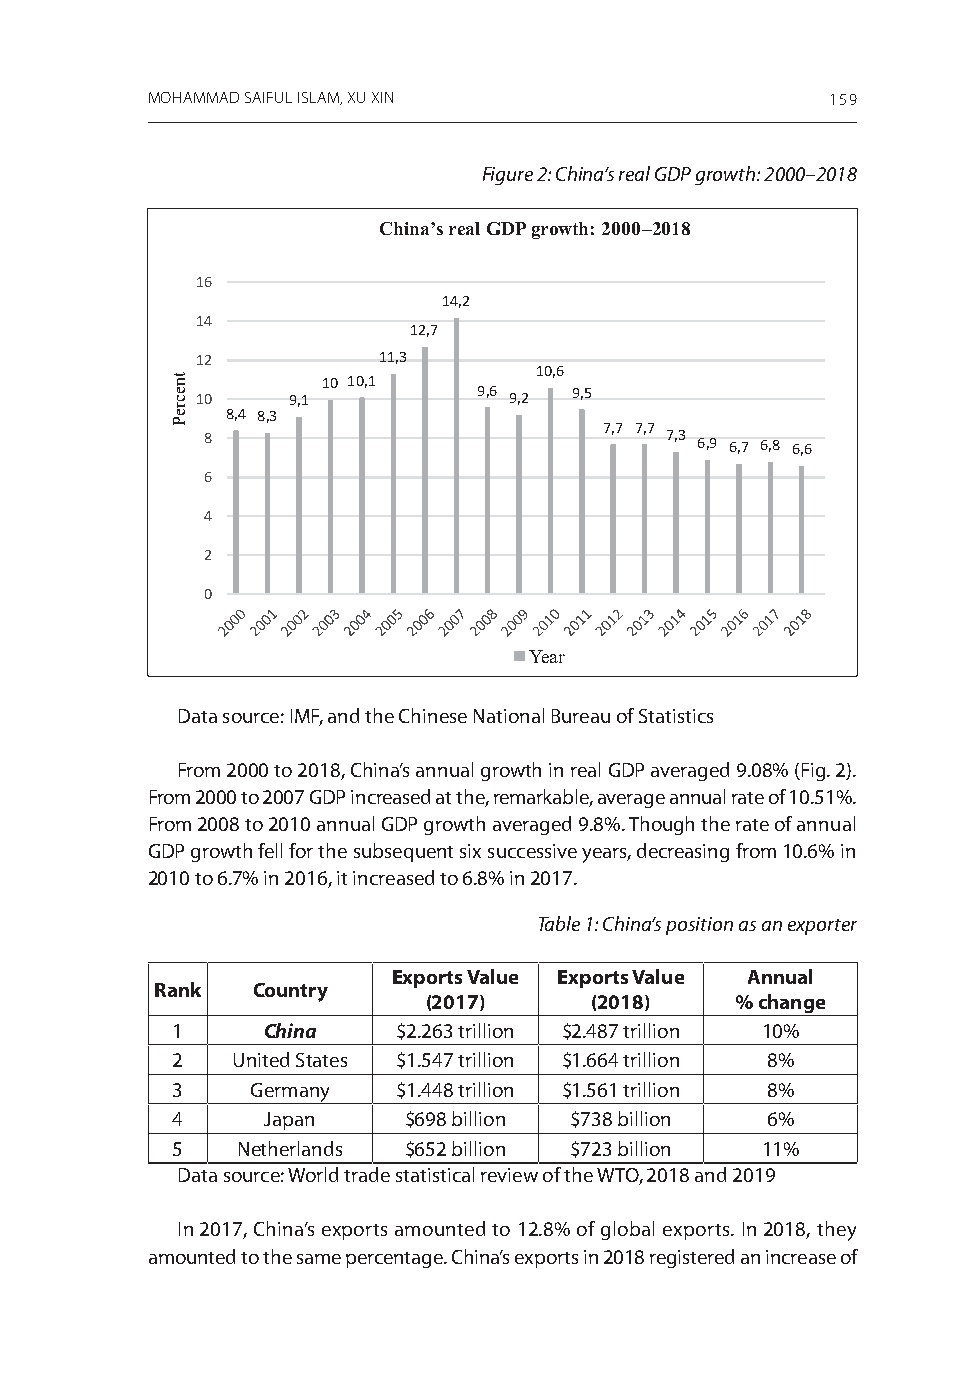
MOHAMMAD SAIFUL ISLAM, XU XIN                159
 Figure 2: China’s real GDP growth: 2000–2018
 China’s real GDP growth: 2000–2018
 16
 14,2
 14
 12,7
 12          11,3
 10,6
 10 10,1
 10    9,1          9,6 9,2 9,5
 8,4 8,3
 7,7 7,7
 8                             7,3 6,9 6,7 6,8 6,6
 6
 4
 2
 0
 Year
 Data source: imF, and the Chinese national Bureau of statistics
 From 2000 to 2018, China’s annual growth in real gDP averaged 9.08% (Fig. 2).
 From 2000 to 2007 gDP increased at the, remarkable, average annual rate of 10.51%.
 From 2008 to 2010 annual gDP growth averaged 9.8%. Though the rate of annual
 gDP growth fell for the subsequent six successive years, decreasing from 10.6% in
 2010 to 6.7% in 2016, it increased to 6.8% in 2017.
 Table 1: China’s position as an exporter
 Exports Value Exports Value Annual
 Rank   Country
 (2017)     (2018)    % change
 1     China    $2.263 trillion $2.487 trillion 10%
 2   united states $1.547 trillion $1.664 trillion 8%
 3     germany  $1.448 trillion $1.561 trillion 8%
 4     Japan     $698 billion $738 billion 6%
 5    netherlands $652 billion $723 billion 11%
 Data source: World trade statistical review of the WTo, 2018 and 2019
 in 2017, China’s exports amounted to 12.8% of global exports. in 2018, they
 amounted to the same percentage. China’s exports in 2018 registered an increase of
 tnecreP